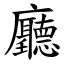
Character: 廳